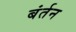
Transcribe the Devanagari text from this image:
बंर्तन